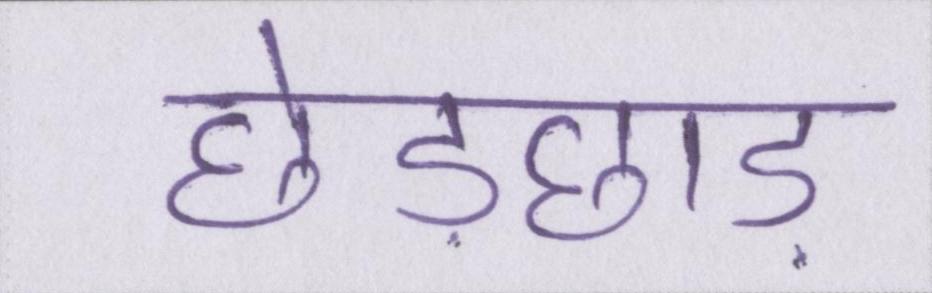
छेड़छाड़